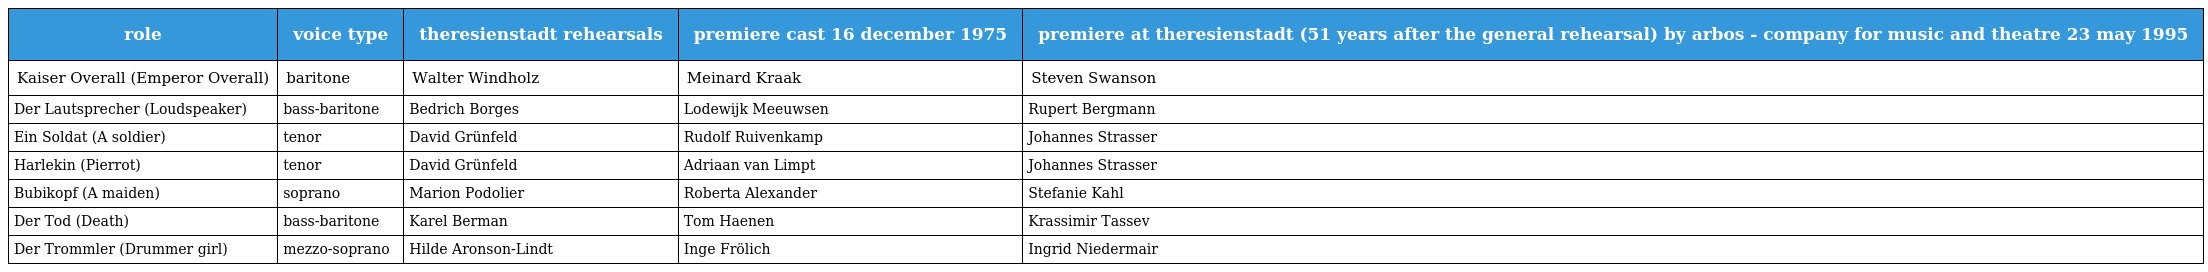
| role | voice type | theresienstadt rehearsals | premiere cast 16 december 1975 | premiere at theresienstadt (51 years after the general rehearsal) by arbos - company for music and theatre 23 may 1995 |
 | --- | --- | --- | --- | --- |
 | Kaiser Overall (Emperor Overall) | baritone | Walter Windholz | Meinard Kraak | Steven Swanson |
 | Der Lautsprecher (Loudspeaker) | bass-baritone | Bedrich Borges | Lodewijk Meeuwsen | Rupert Bergmann |
 | Ein Soldat (A soldier) | tenor | David Grünfeld | Rudolf Ruivenkamp | Johannes Strasser |
 | Harlekin (Pierrot) | tenor | David Grünfeld | Adriaan van Limpt | Johannes Strasser |
 | Bubikopf (A maiden) | soprano | Marion Podolier | Roberta Alexander | Stefanie Kahl |
 | Der Tod (Death) | bass-baritone | Karel Berman | Tom Haenen | Krassimir Tassev |
 | Der Trommler (Drummer girl) | mezzo-soprano | Hilde Aronson‐Lindt | Inge Frölich | Ingrid Niedermair |